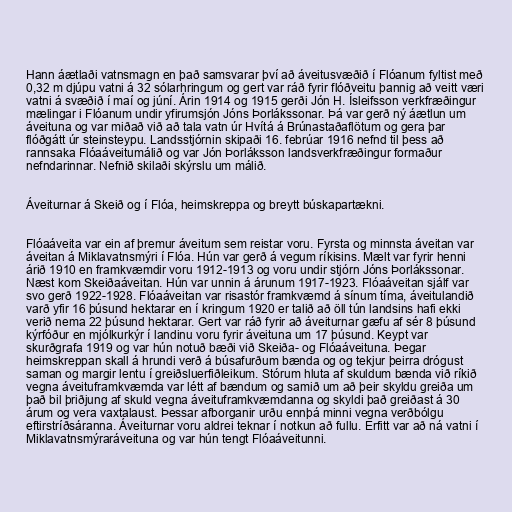
Hann áætlaði vatnsmagn en það samsvarar því að áveitusvæðið í Flóanum fyltist með
0,32 m djúpu vatni á 32 sólarhringum og gert var ráð fyrir flóðveitu þannig að veitt væri
vatni á svæðið í maí og júní. Árin 1914 og 1915 gerði Jón H. Ísleifsson verkfræðingur
mælingar i Flóanum undir yfirumsjón Jóns Þorlákssonar. Þá var gerð ný áætlun um
áveituna og var miðað við að tala vatn úr Hvítá á Brúnastaðaflötum og gera þar
flóðgátt úr steinsteypu. Landsstjórnin skipaði 16. febrúar 1916 nefnd til þess að
rannsaka Flóaáveitumálið og var Jón Þorláksson landsverkfræðingur formaður
nefndarinnar. Nefnið skilaði skýrslu um málið.

Áveiturnar á Skeið og í Flóa, heimskreppa og breytt búskapartækni.

Flóaáveita var ein af þremur áveitum sem reistar voru. Fyrsta og minnsta áveitan var
áveitan á Miklavatnsmýri í Flóa. Hún var gerð á vegum ríkisins. Mælt var fyrir henni
árið 1910 en framkvæmdir voru 1912-1913 og voru undir stjórn Jóns Þorlákssonar.
Næst kom Skeiðaáveitan. Hún var unnin á árunum 1917-1923. Flóaáveitan sjálf var
svo gerð 1922-1928. Flóaáveitan var risastór framkvæmd á sínum tíma, áveitulandið
varð yfir 16 þúsund hektarar en í kringum 1920 er talið að öll tún landsins hafi ekki
verið nema 22 þúsund hektarar. Gert var ráð fyrir að áveiturnar gæfu af sér 8 þúsund
kýrfóður en mjólkurkýr í landinu voru fyrir áveituna um 17 þúsund. Keypt var
skurðgrafa 1919 og var hún notuð bæði við Skeiða- og Flóaáveituna. Þegar
heimskreppan skall á hrundi verð á búsafurðum bænda og og tekjur þeirra drógust
saman og margir lentu í greiðsluerfiðleikum. Stórum hluta af skuldum bænda við ríkið
vegna áveituframkvæmda var létt af bændum og samið um að þeir skyldu greiða um
það bil þriðjung af skuld vegna áveituframkvæmdanna og skyldi það greiðast á 30
árum og vera vaxtalaust. Þessar afborganir urðu ennþá minni vegna verðbólgu
eftirstríðsáranna. Áveiturnar voru aldrei teknar í notkun að fullu. Erfitt var að ná vatni í
Miklavatnsmýraráveituna og var hún tengt Flóaáveitunni.